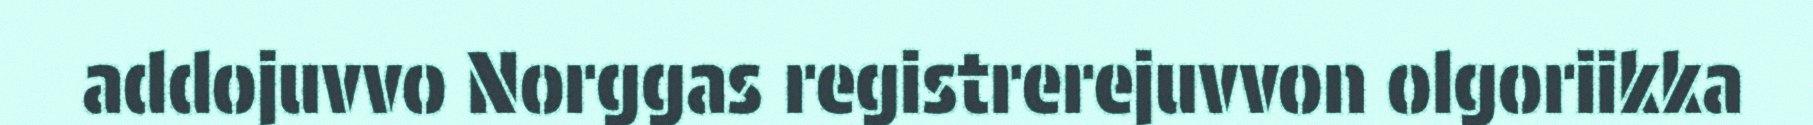
addojuvvo Norggas registrerejuvvon olgoriikka